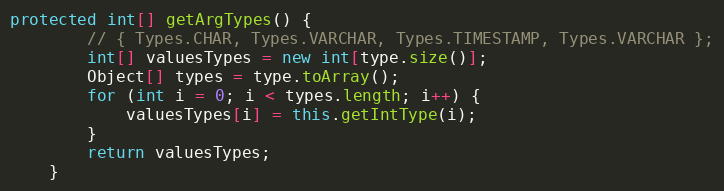
Language: Java
protected int[] getArgTypes() {
		// { Types.CHAR, Types.VARCHAR, Types.TIMESTAMP, Types.VARCHAR };
		int[] valuesTypes = new int[type.size()];
		Object[] types = type.toArray();
		for (int i = 0; i < types.length; i++) {
			valuesTypes[i] = this.getIntType(i);
		}
		return valuesTypes;
	}